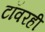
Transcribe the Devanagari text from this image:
टॉवरही